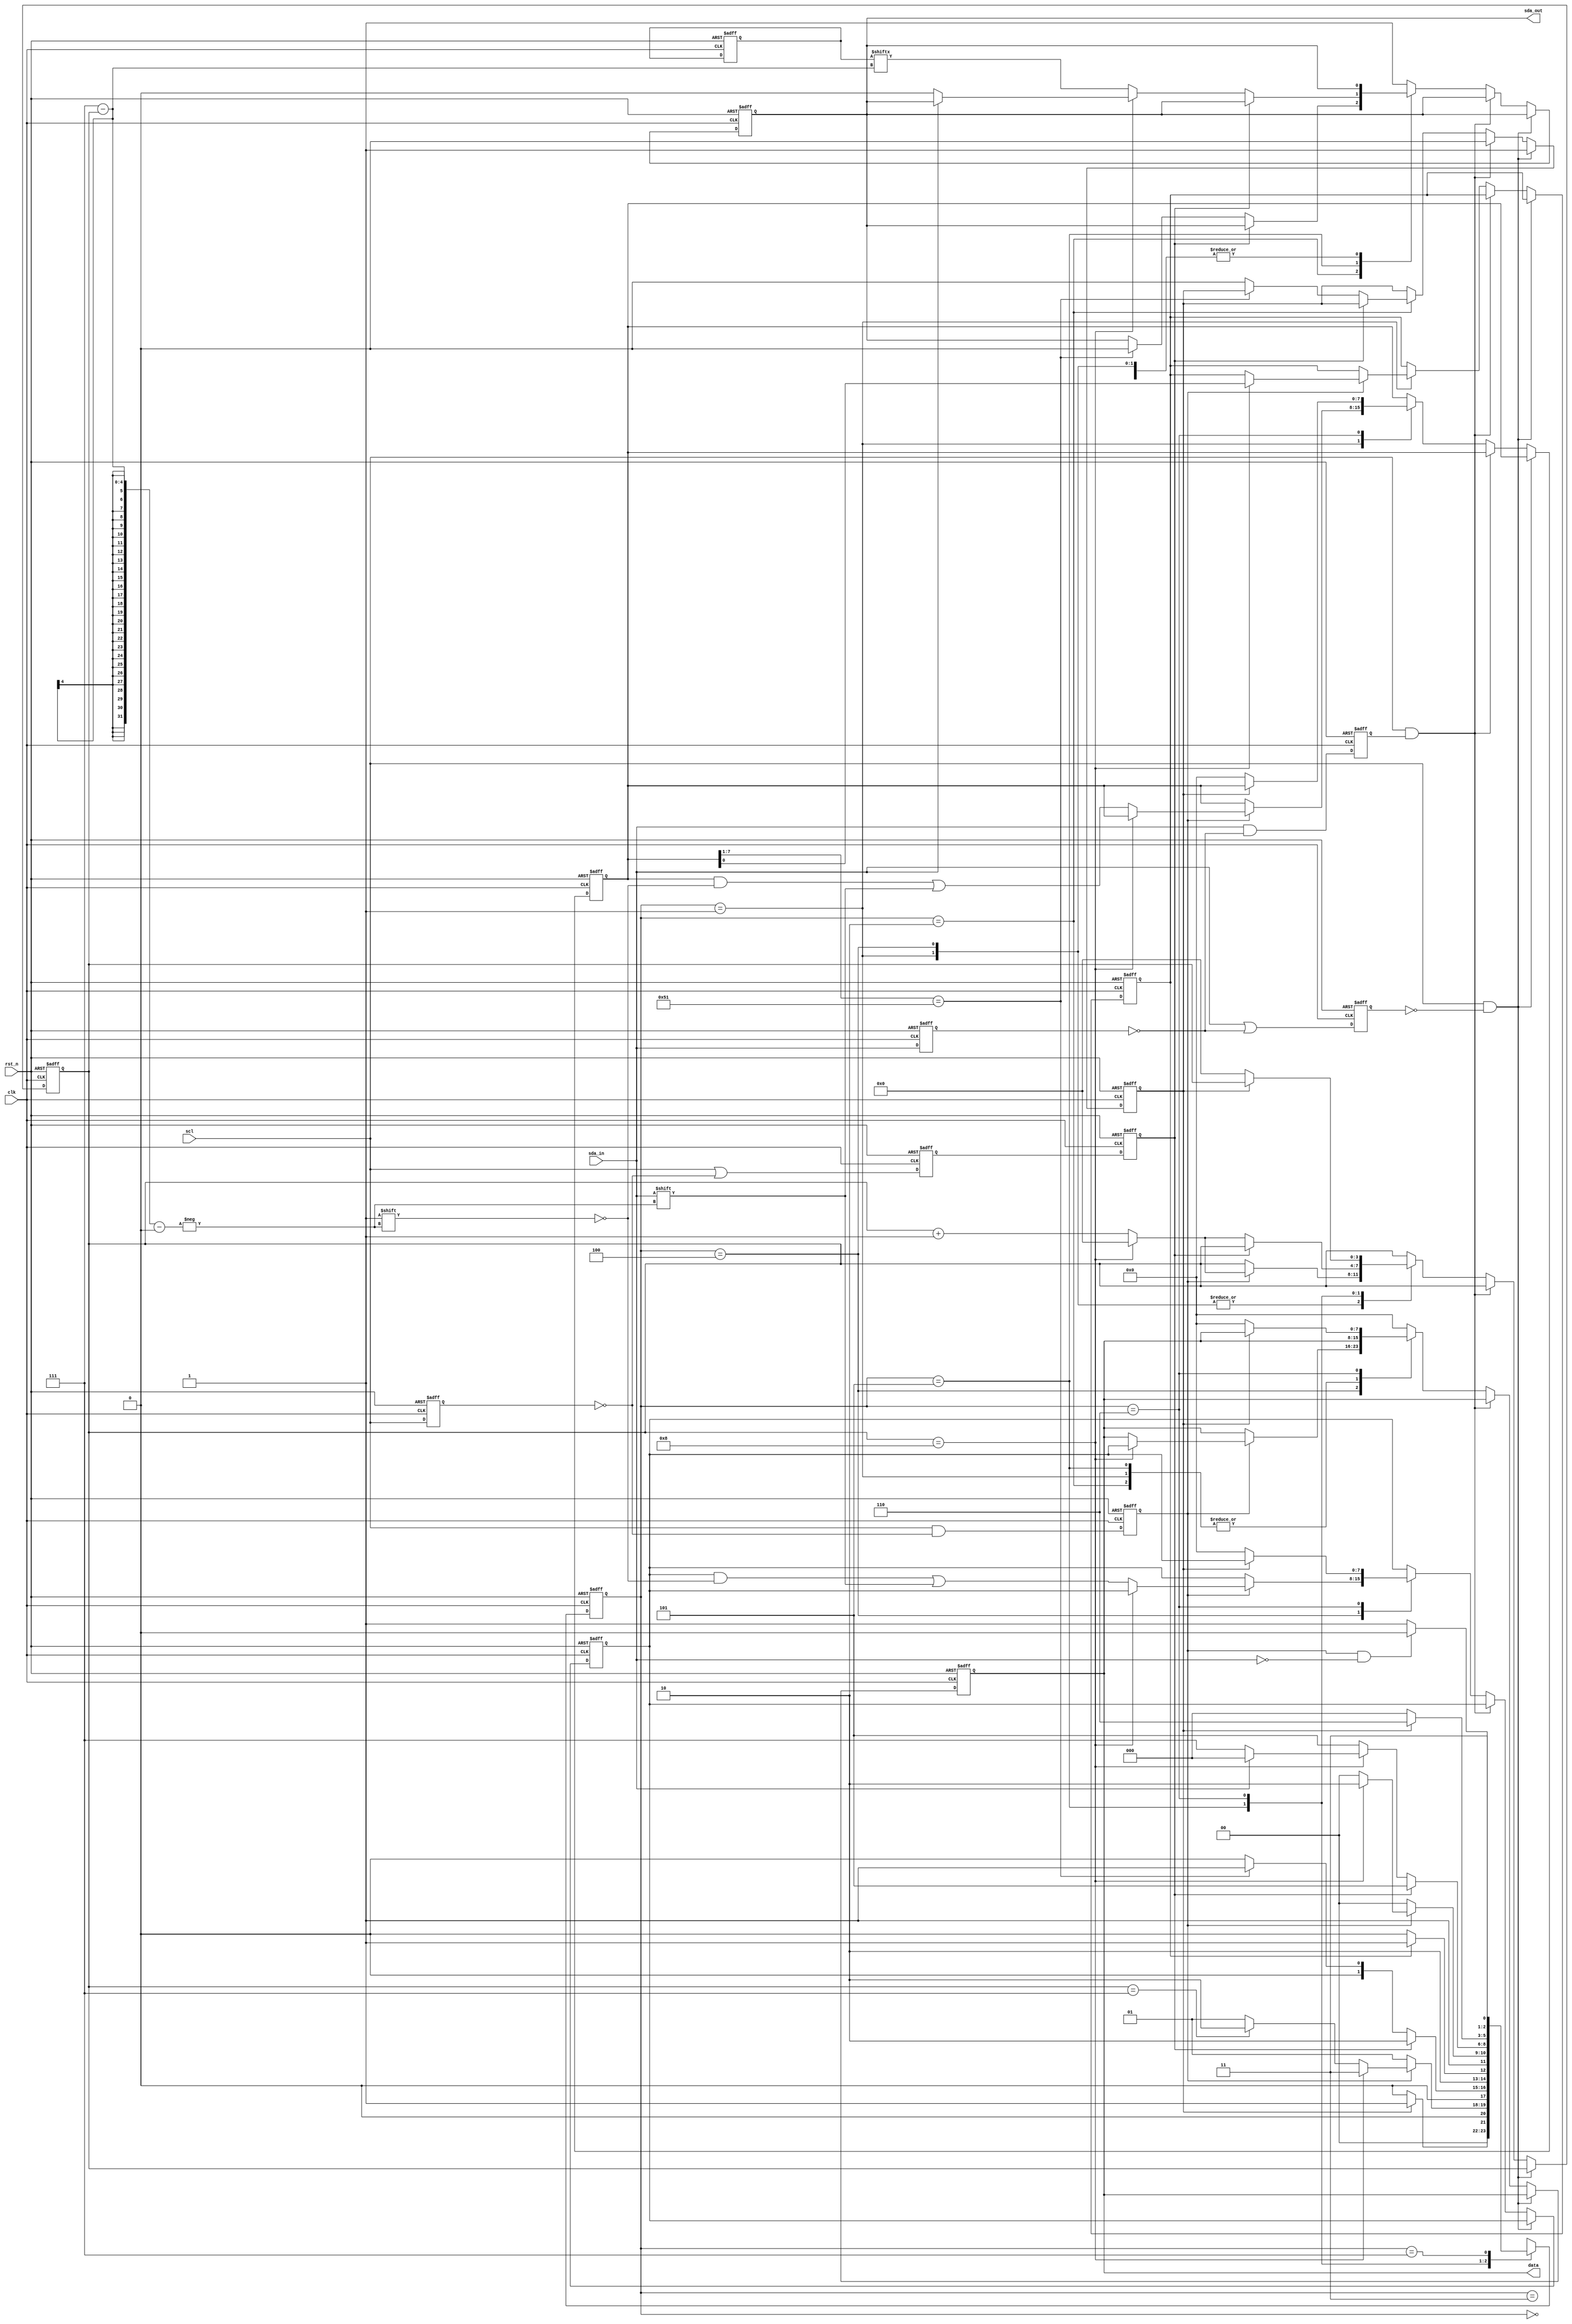
`timescale 1ns / 1ps
//////////////////////////////////////////////////////////////////////////////////
// Company: 
// Engineer: 
// 
// Design Name: 
// Module Name: i2c_slave
// Project Name: 
// Target Devices: 
// Tool Versions: 
// Description: 
// 
// Dependencies: 
// 
// Revision:
// Revision 0.01 - File Created
// Additional Comments:
// 
//////////////////////////////////////////////////////////////////////////////////


module i2c_slave(
    clk,
    rst_n,
    scl,
    sda_in,
    sda_out,
    data
    );

input clk, rst_n, scl;
input sda_in;
output sda_out;
output[7:0] data;

parameter slaveaddress = 8'b1010_0010; //address
parameter S0_START = 'd0, S1_SDDR = 'd1, S2_COMPARE = 'd2, S3_RW = 'd3,
          S4_READ = 'd4, S5_WRITE = 'd5, S6_STOP = 'd6, S7_MASTER_ACK = 'd7;

reg[3:0] bitcount;//Read data counter
reg[7:0] address;
reg[7:0] data;
reg[7:0] data1;//data
reg[7:0] dataout;
reg[2:0] state, next_state;
reg rw;
reg sda_out;
reg start_stop;
reg sda_in_last;
reg scl_last;
reg pedge;
reg nedge;
reg scl_pedge;
reg scl_nedge;
reg scl_nedge_next;

always @(posedge clk or negedge rst_n)
begin
    if(!rst_n)
    begin
        scl_last <= 1'b0;
        scl_pedge <= 1'b0;
        scl_nedge <= 1'b1;
        scl_nedge_next <= 1'b1;
    end
    else
    begin
        scl_last <= scl;
        scl_pedge <= scl & ~scl_last;//Set 1 at the posedge scl
        scl_nedge <= scl | ~scl_last;//Set 0 at the negedge scl
        scl_nedge_next <= scl_nedge;
    end
end

always @(posedge clk or negedge rst_n)
begin
    if(!rst_n)
    begin
        sda_in_last <= 1'b0;
        pedge <= 1'b0;
        nedge <= 1'b1;
    end
    else
    begin
        sda_in_last <= sda_in;
        pedge <= sda_in & ~sda_in_last;//Set 1 at the posedge sda_in
        nedge <= sda_in | ~sda_in_last;//Set 0 at the negedge sda_in
    end
end

always @(posedge clk or negedge rst_n) //Finite State
begin
    if(!rst_n)
        state <= S0_START;
    else
        state <= next_state;
end

always @(state or scl_pedge or scl_nedge_next
         or start_stop or sda_in or rw or bitcount or address)//Next state logic
begin
    case (state) 
        S0_START:
                begin //Detection start status
                    if(start_stop)
                        next_state = S1_SDDR;
                    else
                        next_state = S0_START;
                end
    
        S1_SDDR:
                begin //Read the address
                    if(scl_pedge)
                    begin
                        if (bitcount == 4'd8)
                            next_state = S3_RW;
                        else if(bitcount == 4'd7)
                            next_state = S2_COMPARE; //Read the address to S2_COMPARE
                        else
                            next_state = S1_SDDR;
                    end
                    else
                        next_state = S1_SDDR;
                end
    
        S2_COMPARE:
                begin //Compare address
                    if(!scl_nedge_next)
                    begin
                        if(address[7:1] == slaveaddress[7:1])
                            next_state = S1_SDDR;
                        else
                            next_state = S0_START;
                    end
                    else
                        next_state = S2_COMPARE;
            	end
    
        S3_RW:
                begin //judge rw
                    if(rw == 1'b0)
                       next_state = S4_READ;
                    else
                       next_state = S5_WRITE;
                end
    
        S4_READ:
            begin //slave read
                if(scl_pedge)   
                begin
                    if (bitcount == 4'd8)
                        next_state = S6_STOP;
                    else
                        next_state = S4_READ;
                end
                else
                    next_state = S4_READ;
            end
    
        S5_WRITE:
                begin //slave write
                    if(!scl_nedge_next)
                    begin
                        if (bitcount == 4'd8)
                        begin
                            if(!sda_in)
                                next_state = S7_MASTER_ACK;
                            else
                                next_state = S0_START;
                        end
                        else
                            next_state = S5_WRITE;
                    end
                    else
                        next_state = S5_WRITE;
                end
    
        S6_STOP:
                begin
                    if (!start_stop)
                        next_state = S0_START;
                    else
                        next_state = S6_STOP;
                end
    
        S7_MASTER_ACK:
                begin
                    if(scl_pedge && !sda_in)
                        next_state = S6_STOP;
                    else
                        next_state = S7_MASTER_ACK;
                end
        default: next_state = S0_START;
    endcase
end

always @(posedge clk or negedge rst_n)//Output Logic
begin
   if(!rst_n)
   begin
       start_stop <= 1'b0;
       bitcount <= 4'd0;
       data <= 8'b0000_0000;
       data1 <= 8'b0000_0000;
       dataout <= 8'b11001010;
       rw <= 1'b0;
       sda_out <= 1'b1;
       address <= 8'b0000_0000;
   end
   else
   begin
        if(scl && !nedge)
        start_stop <= 1'b1;
         
        else if(scl && pedge)
        start_stop <= 1'b0;
    
        else
        begin
            case (state)
            S1_SDDR:
                    begin //Read the address
                        if(scl_pedge)
                        begin
                            if (bitcount == 4'd8)
                            begin
                                bitcount <= 4'd0;
                                rw <= address[0];
                            end
                            else if(bitcount == 4'd7)
                            begin
                                bitcount <= bitcount + 5'd1;
                                address[7 - bitcount] <= sda_in;
                            end
                            else
                            begin
                                bitcount <= bitcount + 5'd1;
                                address[7 - bitcount] <= sda_in;
                            end
                        end
                    end

            S2_COMPARE:
                    begin //Compare address
                        if(!scl_nedge_next)
                        begin
                            if(address[7:1] == slaveaddress[7:1])
                                sda_out <= 1'b0;
                            else
                                start_stop <= 1'b0;
                        end
                    end
                	 
            S4_READ:
                    begin //slave read
                        if(scl_pedge)   
                        begin
                            if (bitcount == 4'd8)
                            begin
                                bitcount <= 4'd0;
                                data <= data1;
                            end
                            else
                            begin
                                bitcount <= bitcount + 5'd1;
                                data1[7 - bitcount] <= sda_in;
                            end
                        end
                    end

            S5_WRITE:
                    begin //slave write
                        if(!scl_nedge_next)
                        begin
                            if (bitcount == 4'd8)
                            begin
                                bitcount <= 4'd0;
                                if(!sda_in)
                                    sda_out <= 1'b0;//ack
                            end
                            else
                            begin
                                bitcount <= bitcount + 5'd1;
                                sda_out <= dataout[7 - bitcount];
                            end
                        end
                    end

            S6_STOP:
                    begin
                        if (!start_stop)
                        begin
                            bitcount <= 4'd0;
                            data <= 8'b0000_0000;
                            data1 <= 8'b0000_0000;
                            address <= 8'h00;
                        end
                    end

            default:
            begin
                sda_out <= 1'b1;
                data <= 8'b0000_0000;
            end
            endcase
        end
    end
end

endmodule